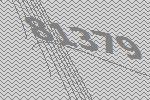
81379